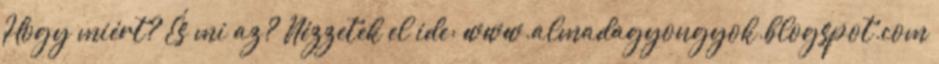
Hogy miért? És mi az? Nézzetek el ide: www.almadagyongyok.blogspot.com